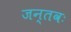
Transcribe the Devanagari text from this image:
जन्तवः